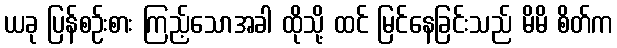
ယခု ပြန်စဉ်းစား ကြည့်သောအခါ ထိုသို့ ထင် မြင်နေခြင်းသည် မိမိ စိတ်က